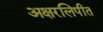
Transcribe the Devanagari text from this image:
अक्षरलिपीत